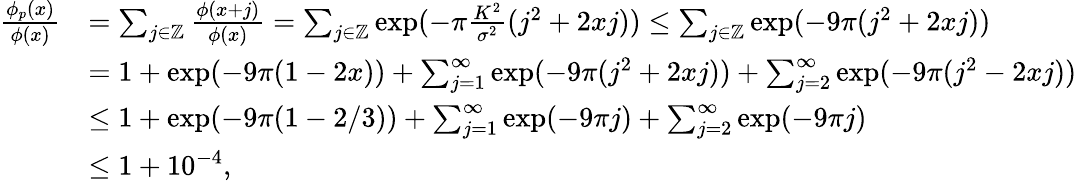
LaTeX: \begin{array}{rl}{\frac{\phi_{p}(x)}{\phi(x)}}&{=\sum_{j\in\mathbb{Z}}\frac{\phi(x+j)}{\phi(x)}=\sum_{j\in\mathbb{Z}}\exp(-\pi\frac{K^{2}}{\sigma^{2}}(j^{2}+2xj))\le\sum_{j\in\mathbb{Z}}\exp(-9\pi(j^{2}+2xj))}\\ &{=1+\exp(-9\pi(1-2x))+\sum_{j=1}^{\infty}\exp(-9\pi(j^{2}+2xj))+\sum_{j=2}^{\infty}\exp(-9\pi(j^{2}-2xj))}\\ &{\le 1+\exp(-9\pi(1-2/3))+\sum_{j=1}^{\infty}\exp(-9\pi j)+\sum_{j=2}^{\infty}\exp(-9\pi j)}\\ &{\le 1+10^{-4},}\end{array}